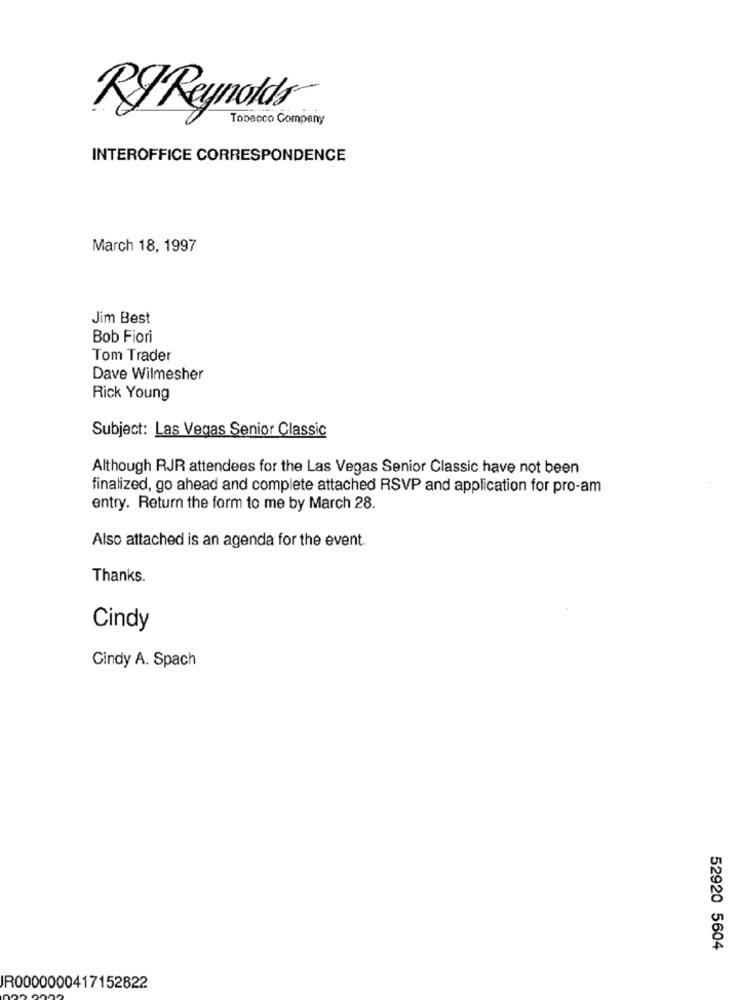
RyReynolds®
Tobacco Company
INTEROFFICE CORRESPONDENCE
March 18, 1997
Jim Best
Bob Fiori
Tom Trader
Dave Wilmesher
Rick Young
Subject: Las Vegas Senior Classic
Although RJR attendees for the Las Vegas Senior Classic have not been
finalized, go ahead and complete attached RSVP and application for pro-am
entry. Return the form to me by March 28.
Also attached is an agenda for the event.
Thanks.
Cindy
Cindy A. Spach
52920 5604
IR0000000417152822